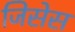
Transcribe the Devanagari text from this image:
जिसेस